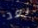
بعد